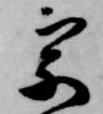
宗